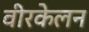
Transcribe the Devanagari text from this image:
वीरकेलन